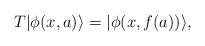
\begin{align*}T|\phi (x,a)\rangle =|\phi (x,f(a))\rangle ,\end{align*}